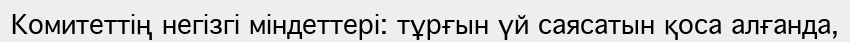
Комитеттің негізгі міндеттері: тұрғын үй саясатын қоса алғанда,